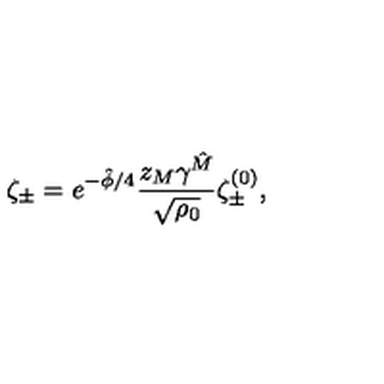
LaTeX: { \zeta _ { \pm } = e ^ { - \hat { \phi } / 4 } { \frac { z _ { M } \gamma ^ { \hat { M } } } { \sqrt { \rho _ { 0 } } } } \zeta _ { \pm } ^ { ( 0 ) } , }